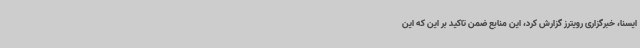
ایسنا، خبرگزاری رویترز گزارش کرد، این منابع ضمن تاکید بر این که این